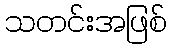
သတင်းအဖြစ်